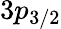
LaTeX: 3p_{3/2}